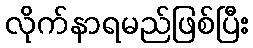
လိုက်နာရမည်ဖြစ်ပြီး